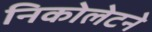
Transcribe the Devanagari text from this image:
निकोलेटने